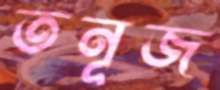
তনূজ